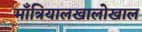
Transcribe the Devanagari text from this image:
माँत्रियालखालोखाल